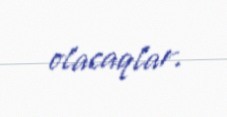
olacaqlar.